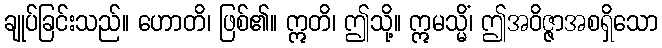
ချုပ်ခြင်းသည်။ ဟောတိ၊ ဖြစ်၏။ ဣတိ၊ ဤသို့။ ဣမသ္မိံ၊ ဤအဝိဇ္ဇာအစရှိသော